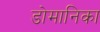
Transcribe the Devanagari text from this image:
डोमानिका